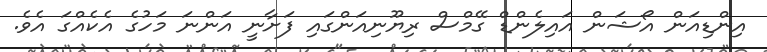
އިންޑިއަން އޯޝަން އައިލެންޑް ގޭމްސް ރިޔޫނިއަންގައި ފަށާނީ އަންނަ މަހުގެ އެކެއްގަ އެވެ.